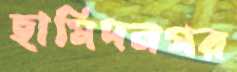
হামিদনগর